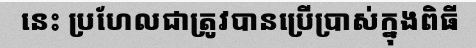
នេះ ប្រហែលជាត្រូវបានប្រើប្រាស់ក្នុងពិធី